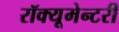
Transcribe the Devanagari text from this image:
रॉक्यूमेन्टरी